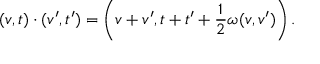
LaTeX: ( v , t ) \cdot ( v ^ { \prime } , t ^ { \prime } ) = \left( v + v ^ { \prime } , t + t ^ { \prime } + { \frac { 1 } { 2 } } \omega ( v , v ^ { \prime } ) \right) .